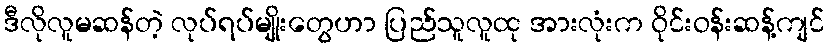
ဒီလိုလူမဆန်တဲ့ လုပ်ရပ်မျိုးတွေဟာ ပြည်သူလူထု အားလုံးက ဝိုင်းဝန်းဆန့်ကျင်